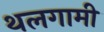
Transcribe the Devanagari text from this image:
थलगामी